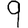
Digit: 9